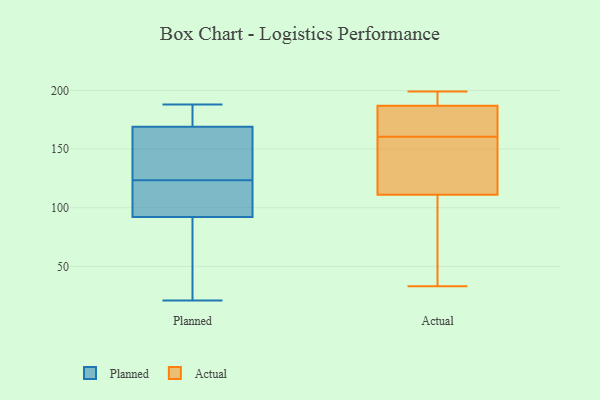
{"axis": {"x": "Page Views", "y": "Value"}, "legend": ["Actual", "Planned"], "data": [{"x": "", "y": 188, "type": "Planned"}, {"x": "", "y": 128, "type": "Planned"}, {"x": "", "y": 89, "type": "Planned"}, {"x": "", "y": 100, "type": "Planned"}, {"x": "", "y": 169, "type": "Planned"}, {"x": "", "y": 173, "type": "Planned"}, {"x": "", "y": 45, "type": "Planned"}, {"x": "", "y": 143, "type": "Planned"}, {"x": "", "y": 131, "type": "Planned"}, {"x": "", "y": 92, "type": "Planned"}, {"x": "", "y": 21, "type": "Planned"}, {"x": "", "y": 108, "type": "Planned"}, {"x": "", "y": 119, "type": "Planned"}, {"x": "", "y": 176, "type": "Planned"}, {"x": "", "y": 174, "type": "Actual"}, {"x": "", "y": 196, "type": "Actual"}, {"x": "", "y": 111, "type": "Actual"}, {"x": "", "y": 191, "type": "Actual"}, {"x": "", "y": 187, "type": "Actual"}, {"x": "", "y": 106, "type": "Actual"}, {"x": "", "y": 33, "type": "Actual"}, {"x": "", "y": 120, "type": "Actual"}, {"x": "", "y": 184, "type": "Actual"}, {"x": "", "y": 139, "type": "Actual"}, {"x": "", "y": 35, "type": "Actual"}, {"x": "", "y": 199, "type": "Actual"}, {"x": "", "y": 161, "type": "Actual"}, {"x": "", "y": 130, "type": "Actual"}, {"x": "", "y": 199, "type": "Actual"}, {"x": "", "y": 71, "type": "Actual"}, {"x": "", "y": 160, "type": "Actual"}, {"x": "", "y": 177, "type": "Actual"}]}